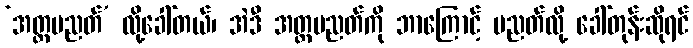
‘အတ္ထပညတ်’ လို့ခေါ်တယ်၊ အဲဒီ အတ္ထပညတ်ကို ဘာကြောင့် ပညတ်လို့ ခေါ်တုန်းဆိုရင်